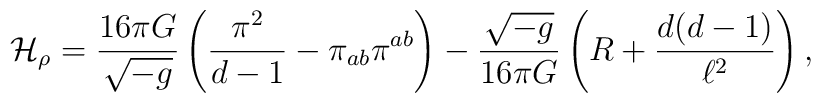
{\cal H}_\rho = \frac{16 \pi G}{\sqrt{-g}}\left( \frac{\pi^2}{d-1} - \pi_{ab}\pi^{ab} \right)- \frac{\sqrt{-g}}{16 \pi G} \left( R + \frac{d(d-1)}{\ell^2} \right),